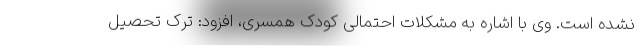
نشده است. وی با اشاره به مشکلات احتمالی کودک همسری، افزود: ترک تحصیل